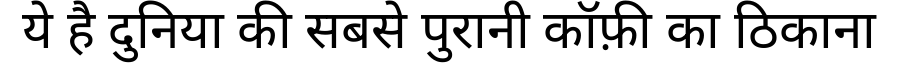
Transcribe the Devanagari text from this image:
ये है दुनिया की सबसे पुरानी कॉफ़ी का ठिकाना